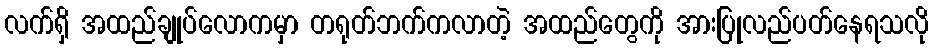
လက်ရှိ အထည်ချုပ်လောကမှာ တရုတ်ဘက်ကလာတဲ့ အထည်တွေကို အားပြုလည်ပတ်နေရသလို